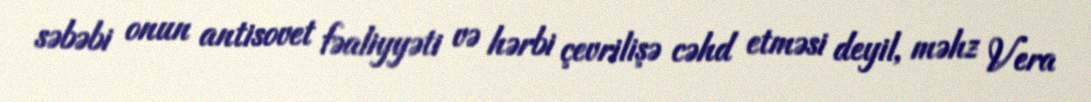
səbəbi onun antisovet fəaliyyəti və hərbi çevrilişə cəhd etməsi deyil, məhz Vera